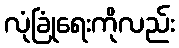
လုံခြုံရေးကိုလည်း